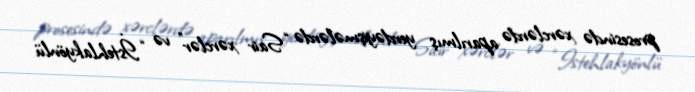
prosesində xərclərdə aparılmış yerdəyişmələrdə “Sair xərclər” və “İstehlakyönlü